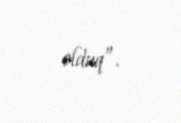
olduq”.